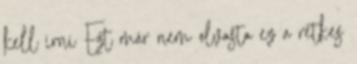
kell írni Ezt már nem olvasta ez a retkes